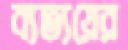
ব্যত্যয়ের